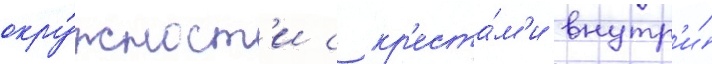
окру́жност'и с кр'еста́м'и внутр'и́